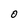
Character: O